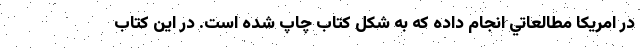
در امريكا مطالعاتي انجام داده كه به شكل كتاب چاپ شده است. در اين كتاب